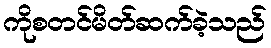
ကိုစတင်မိတ်ဆက်ခဲ့သည်